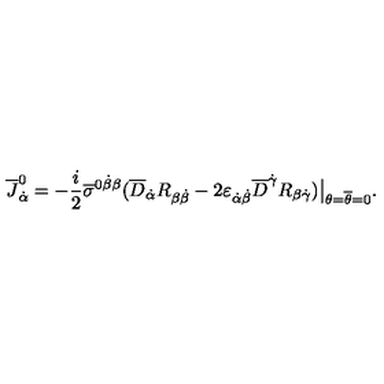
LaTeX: \overline { J } _ { \dot { \alpha } } ^ { 0 } = - { \frac { i } { 2 } } \overline { \sigma } ^ { 0 \dot { \beta } \beta } ( \overline { D } _ { \dot { \alpha } } R _ { \beta \dot { \beta } } - 2 \varepsilon _ { \dot { \alpha } \dot { \beta } } \overline { D } ^ { \dot { \gamma } } R _ { \beta \dot { \gamma } } ) \bigr | _ { \theta = \overline { \theta } = 0 } .